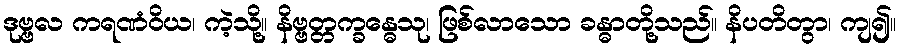
ဒုဗ္ဗလ ကရဏံဝိယ၊ ကဲ့သို့။ နိဗ္ဗတ္တက္ခန္ဓေသု၊ ဖြစ်လာသော ခန္ဓာတို့သည်။ နိပတိတွာ၊ ကျ၍။